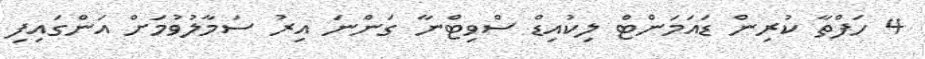
4 ހަފްތާ ކުރިން ޑައަމަންޓް ލިކުއިޑް ސްވިޓްނާ ގަންނަ އިރު ސަމާލުވުމަށް އަންގައިފި